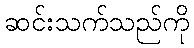
ဆင်းသက်သည်ကို